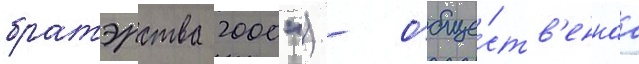
братэрства 2000") - обще́ств'еннаа